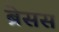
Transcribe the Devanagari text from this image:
ब्रेसस